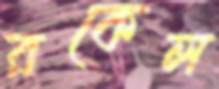
রকেল